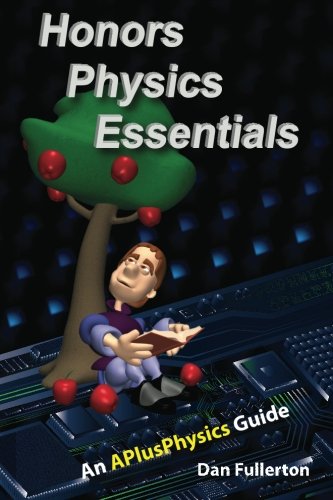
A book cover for Honors Physics Essentials: An APlusPhysics Guide; Dan Fullerton; Science & Math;